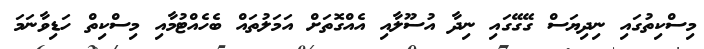
މިސްކިތުގައި ނިދިޔަސް ގޭގޭގައި ނިދާ އުސޫލާއި އެއްގޮތަށް އަމަލުތައް ބެހެއްޓުމާއި މިސްކިތް ހަޑިވާނަމަ